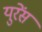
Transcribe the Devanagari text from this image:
युरेंस